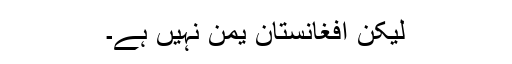
لیکن افغانستان یمن نہیں ہے۔